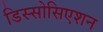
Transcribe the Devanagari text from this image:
डिस्सोसिएशन